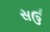
સઉ